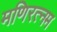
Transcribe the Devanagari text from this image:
मणिरत्‍नम